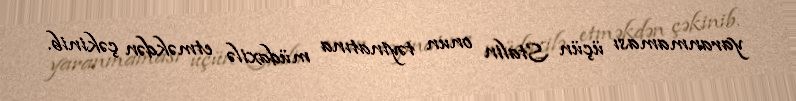
yaranmaması üçün Stalin onun təyinatına müdaxilə etməkdən çəkinib.